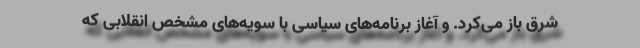
شرق باز می‌کرد. و آغاز برنامه‌های سیاسی با سویه‌های مشخص انقلابی که